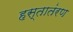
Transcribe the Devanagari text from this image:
हस्तातंरण